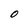
Character: O